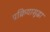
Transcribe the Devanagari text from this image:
प्रक्रियासुद्धा